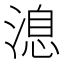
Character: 㴧